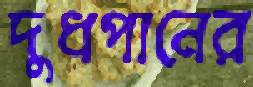
দুধপানের